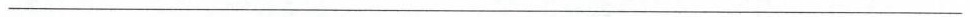
___